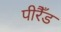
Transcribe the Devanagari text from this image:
पीरैँड